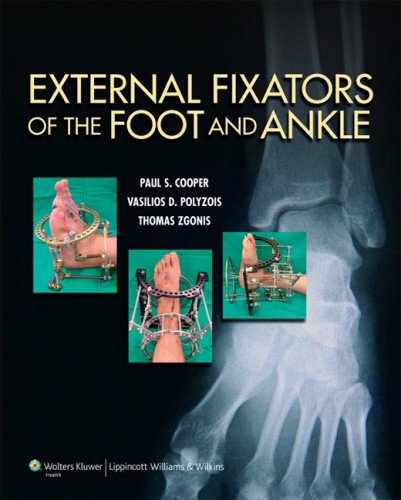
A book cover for External Fixators of the Foot and Ankle; Dr. Paul Cooper; Medical Books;